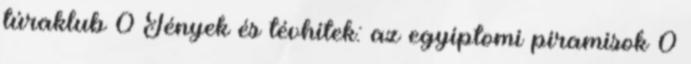
túraklub 0 Tények és tévhitek: az egyiptomi piramisok 0